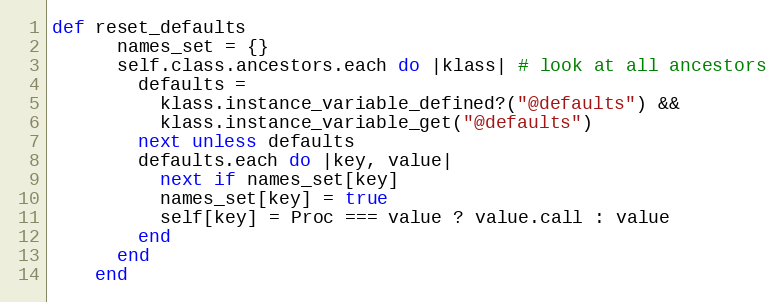
Language: Ruby
def reset_defaults
      names_set = {}
      self.class.ancestors.each do |klass| # look at all ancestors
        defaults =
          klass.instance_variable_defined?("@defaults") &&
          klass.instance_variable_get("@defaults")
        next unless defaults
        defaults.each do |key, value|
          next if names_set[key]
          names_set[key] = true
          self[key] = Proc === value ? value.call : value
        end
      end
    end